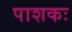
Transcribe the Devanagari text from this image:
पाशकः